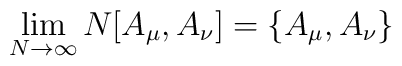
\lim_{N\rightarrow\infty}N[A_{\mu},A_{\nu}]=\{A_{\mu},A_{\nu}\}